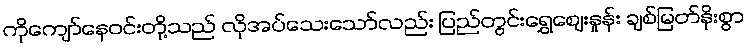
ကိုကျော်နေဝင်းတို့သည် လိုအပ်သေးသော်လည်း ပြည်တွင်းရွှေဈေးနှုန်း ချစ်မြတ်နိုးစွာ